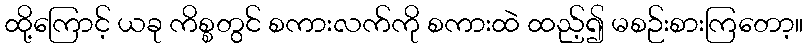
ထို့ကြောင့် ယခု ကိစ္စတွင် စကားလက်ကို စကားထဲ ထည့်၍ မစဉ်းစားကြတော့။